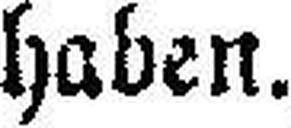
haben.